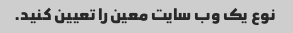
نوع یک وب سایت معین را تعیین کنید.